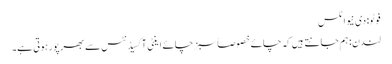
فوٹو: دی نیو اٹلس
لندن: ہم جانتے ہیں کہ چائے خصوصاً سبز چائے اینٹی آکسیڈنٹس سے بھرپور ہوتی ہے۔